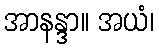
အာနန္ဒာ။ အယံ၊